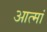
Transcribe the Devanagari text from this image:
आत्मां